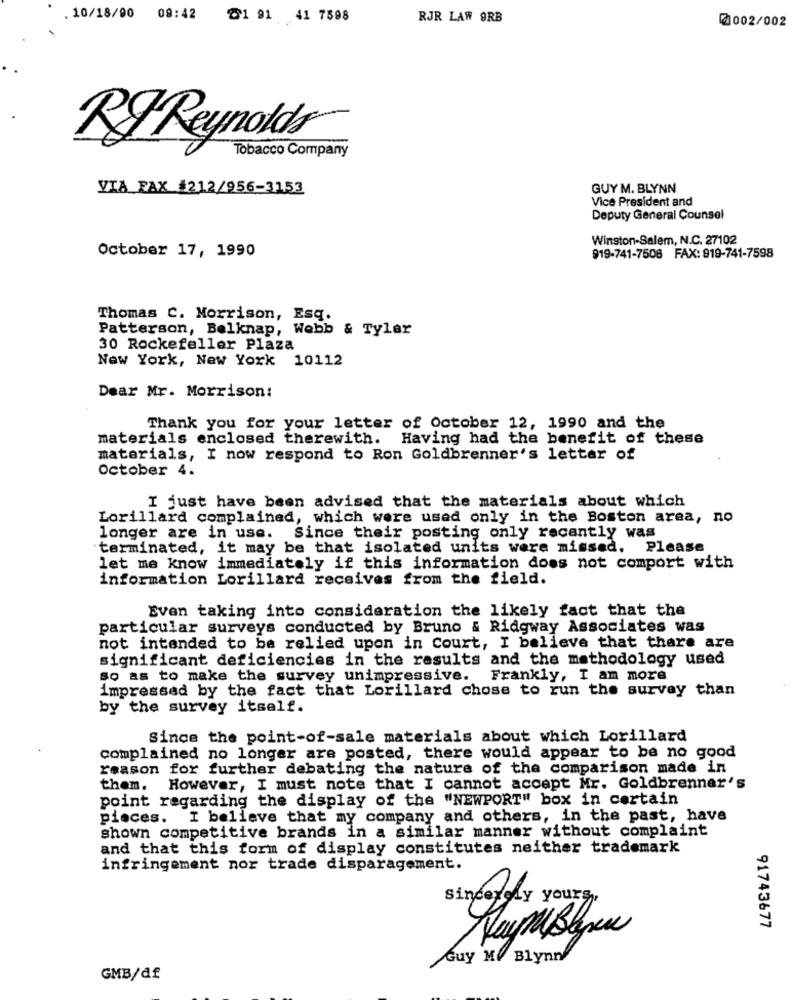
10/18/90
09:42 >1 91 41 7598
RJR LAW ORB
0002/002
RJ Reynolds
Tobacco Company
VIA FAX #212/956-3153
GUY M. BLYNN
Vice President and
Deputy General Counsel
Winston-Salem, N.C. 27102
october 17, 1990
919-741-7508 FAX: 919-741-7598
Thomas C. Morrison, Esq.
Patterson, Belknap, Webb & Tyler
30 Rockefeller Plaza
New York, New York 10112
Dear Mr. Morrison:
Thank you for your letter of October 12, 1990 and the
materials enclosed therewith.
Having had the benefit of these
materials, I now respond to Ron Goldbrenner's letter of
October 4.
I just have been advised that the materials about which
Lorillard complained, which were used only in the Boston area, no
longer are in use. Since their posting only recently was
terminated, it may be that isolated units were missed. Please
let me know immediately if this information does not comport with
information Lorillard receives from the field.
Even taking into consideration the likely fact that the
particular surveys conducted by Bruno & Ridgway Associates was
not intended to be relied upon in Court, I believe that there are
significant deficiencies in the results and the methodology used
so as to make the survey unimpressive. Frankly, I am more
impressed by the fact that Lorillard chose to run the survey than
by the survey itself.
Since the point-of-sale materials about which Lorillard
complained no longer are posted, there would appear to be no good
reason for further debating the nature of the comparison made in
them. However, I must note that I cannot accept Mr. Goldbrenner's
point regarding the display of the "NEWPORT" box in certain
pieces. I believe that my company and others, in the past, have
shown competitive brands in a similar manner without complaint
and that this form of display constitutes neither trademark
infringement nor trade disparagement.
sincerely yours
91743677
Guy M/ Blynn
GMB/df